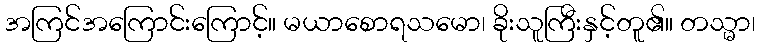
အကြင်အကြောင်းကြောင့်။ မယာစောရသမော၊ ခိုးသူကြီးနှင့်တူ၏။ တသ္မာ၊